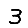
Digit: 3